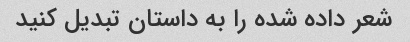
شعر داده شده را به داستان تبدیل کنید